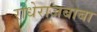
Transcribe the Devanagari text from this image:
राधेराजबाबा